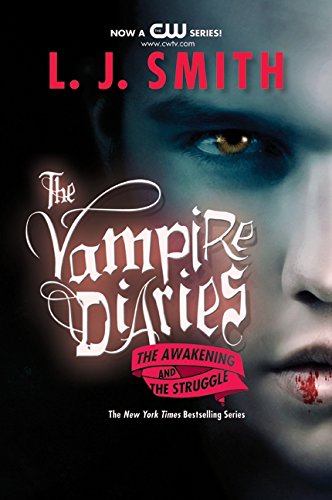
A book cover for The Awakening / The Struggle (Vampire Diaries, Books 1-2); L. J. Smith; Teen & Young Adult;